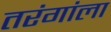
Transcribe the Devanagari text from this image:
तरंगांला